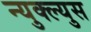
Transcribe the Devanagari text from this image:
न्युक्ल्युस